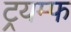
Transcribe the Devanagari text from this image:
ट्रयम्फ